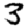
Digit: 3